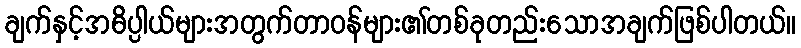
ချက်နှင့်အဓိပ္ပါယ်များအတွက်တာဝန်များ၏တစ်ခုတည်းသောအချက်ဖြစ်ပါတယ်။